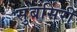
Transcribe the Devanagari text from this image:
सुबसिरी